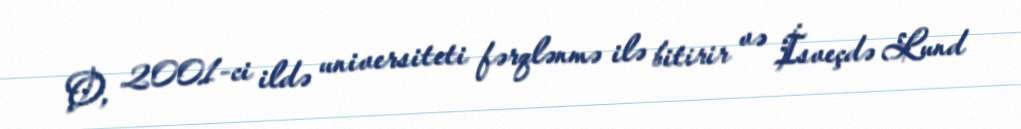
O, 2001-ci ildə universiteti fərqlənmə ilə bitirir və İsveçdə Lund